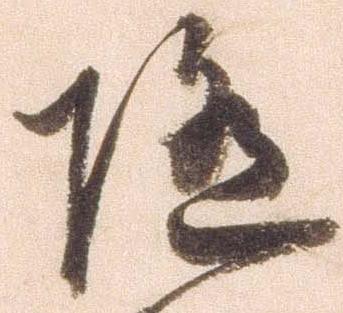
随